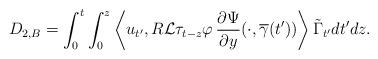
LaTeX: \begin{align*}D_{2,B}= \int_{0}^{t} \int_{0}^{z} \left< u_{t'},R \mathcal{L}\tau_{t-z}\varphi \, \frac{\partial \Psi}{\partial y}(\cdot,\overline{\gamma}(t')) \right> \tilde{\Gamma}_{t'} dt' dz.\end{align*}